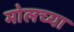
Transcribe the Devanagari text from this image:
मोलच्या